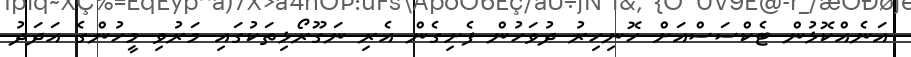
އަނެއްކޮޅުން ޓެކްސަސްއަށް ހޮނިހިރު ދުވަހުން ފެށިގެން އެރި ނަގޫރޯޅިތަކުގައި މަރުވި މީހުންގެ އަދަދު